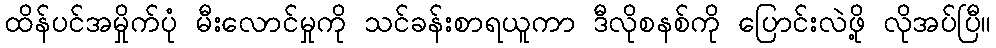
ထိန်ပင်အမှိုက်ပုံ မီးလောင်မှုကို သင်ခန်းစာရယူကာ ဒီလိုစနစ်ကို ပြောင်းလဲဖို့ လိုအပ်ပြီ။